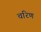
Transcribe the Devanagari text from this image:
चरिण